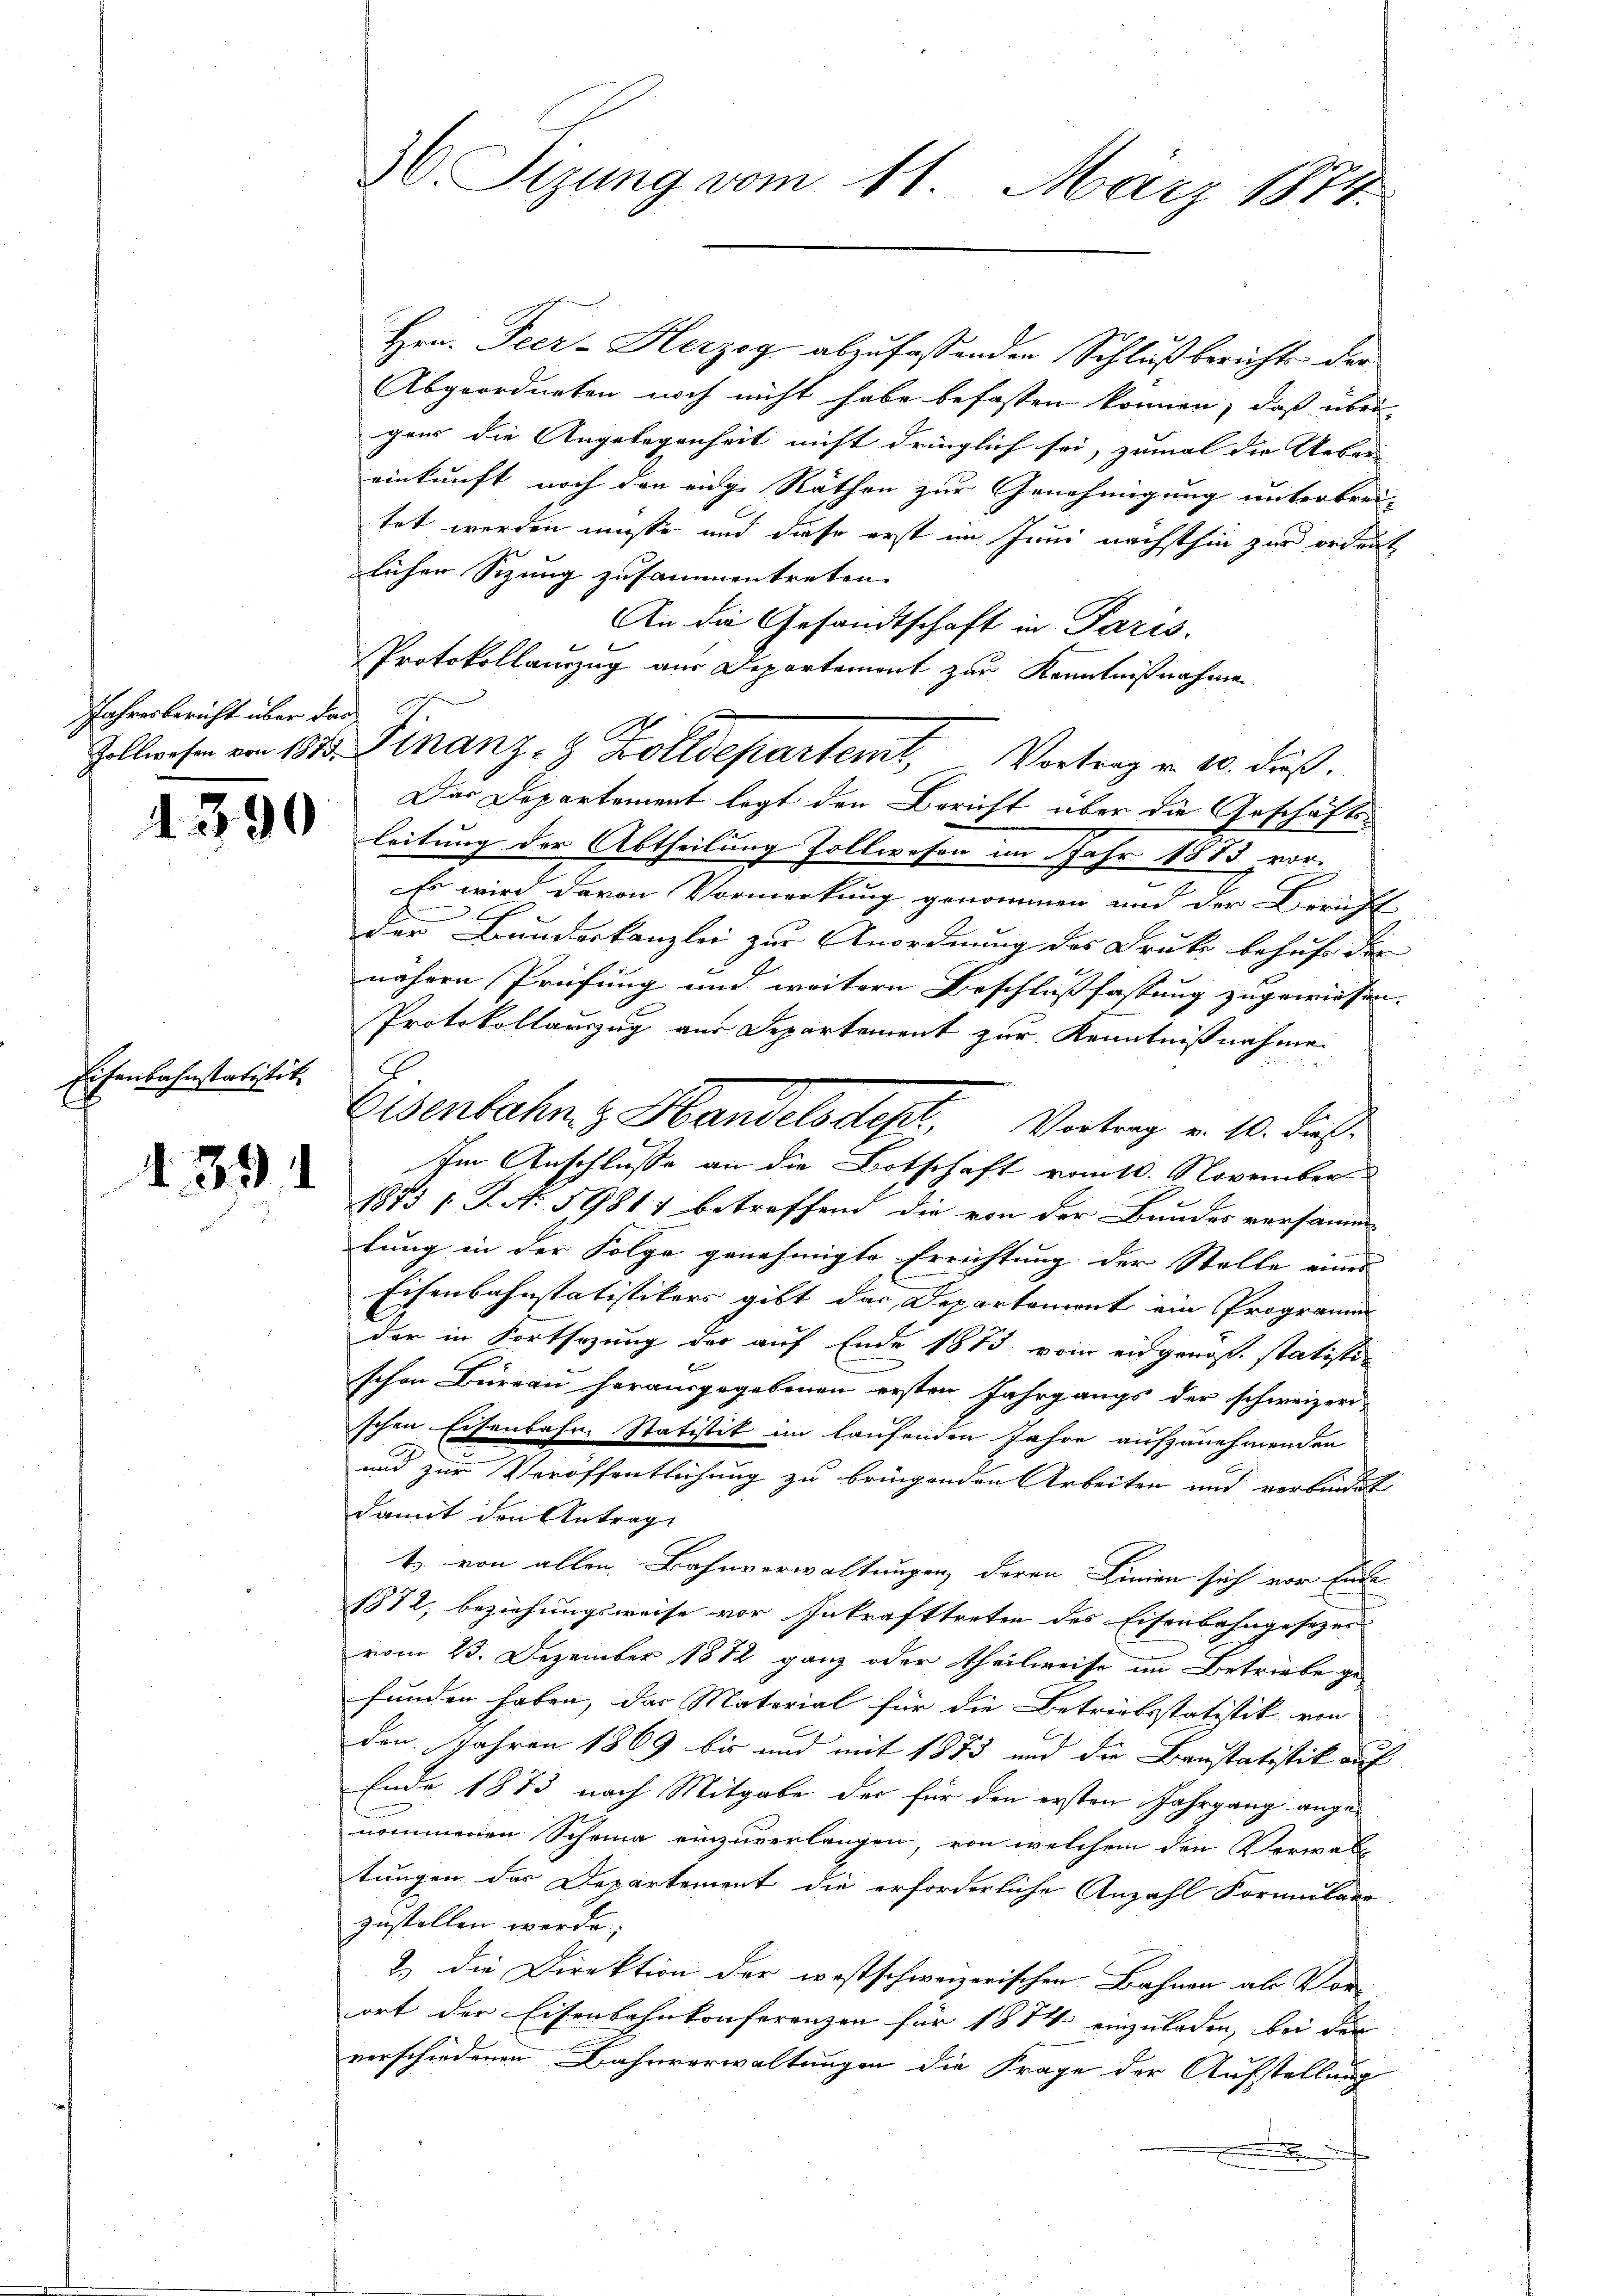
Jahresbericht über dar

1390

Eisenbahnstatistit

1. 391

36. Sizung vom 11. März 1874.

Hrn. Peer-Herzog abzufassenden Schlußberichts der
Abgeordneten noch nicht habe befassen können, daß über-
gens die Angelegenheit nicht dringlich sei, zumal die Ueberei
einkunft noch den eige Rathen zur Genehmigung unterbrei-
tet werden müsse und diese erst im Juni nächsthin zur ordnet
lichen Sizung zusammentreten. |
An die Gesandtschaft in Paris.
Protokollanzug aus Departement zur Kenntnißnahme
Das Departement legt den Bericht über die Geschäftsleitung der Abtheilung Zollwesen im Jahr 1885 vor.
Es wird davon Vormerkung genommen und der Berufs-
der Bundeskanzlei zur Anordnung des Druk behufe den
nähern Prüfung und weitern Beschlussfassung zugewiesen.
Protokollauszug aus Departement zur Kenntnißnahme
2
Im Anschlusse an die Botschaft vom 10. November
1873 / P. N. 59817 betreffend die von der Bundes versamm
lung in der Folge genehmigte Errichtung der Stelle eines
Eisenbahnstatistikers gibt das Departement ein Programm
der in Fortsezung der auf Ende 1873 vom eidgenöße statistischon Büreau herausgegebenen ersten Jahrgangs der schweizeri-
schen Eisenbahn Statistik im laufenden Jahre aufzunehmenden
und zur Veröffentlichung zu bringenden Arbeiten und verbindet
damit den Antrag
t. von allen Bahnverwaltungen deren Linien sich vor Ende
1872, beziehungsweise vor Inkrafttreten des Eisenbahngesezes
vom 23. Dezember 1872 ganz oder theilweise im Betriebe ge-
funden haben, das Material für die Betriebsstatistik von
den Jahren 1869 bis und mit 1873 und die Baustatistik auf
Ende 1873 nach Mitgabe der für den ersten Jahrgang angenommenen Scheina einzuverlangen, von welchem den Verwal
tungen des Departement die erforderliche Anzahl Formulare
zustellen werde;
2.) die Direktion der westschweizerischen Bahnen als Vor-
ort der Eisenbahnkonferenzen für 1874 einzuladen, bei der
verschiedenen Bahnverwaltungen die Frage der Aufstellung
.

Zollwesen von 1813. Finanz- 8 Zolldepartem Vortrag v. 10. dieß.

Osenbahn z. Handelsdept, Vortrag v. 10. dies